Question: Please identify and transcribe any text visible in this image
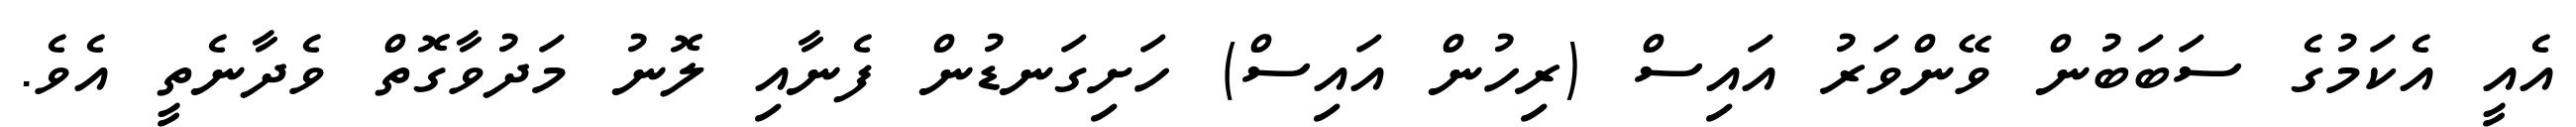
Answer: އެއީ އެކަމުގެ ސަބަބުން ވޭންވަރު އައިސް (ރިހުން އައިސް) ހަށިގަނޑުން ފެނާއި ލޮނު މަދުވާގޮތް ވެދާނެތީ އެވެ.